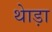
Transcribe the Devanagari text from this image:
थेाड़ा